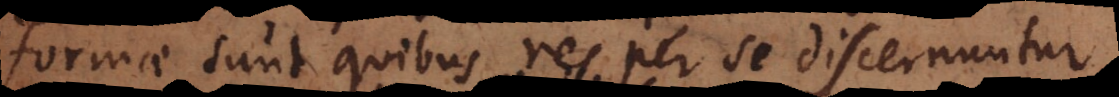
formae sunt quibus res per se discernuntur.